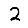
Digit: 2